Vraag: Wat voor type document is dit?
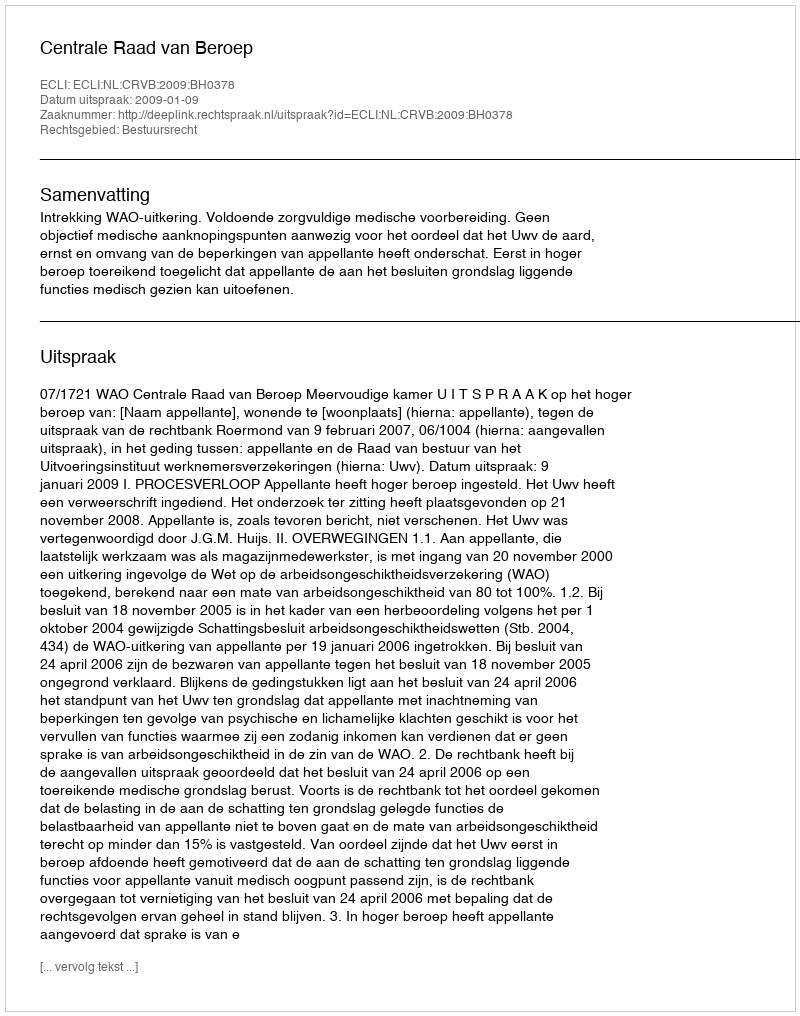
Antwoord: Uitspraak